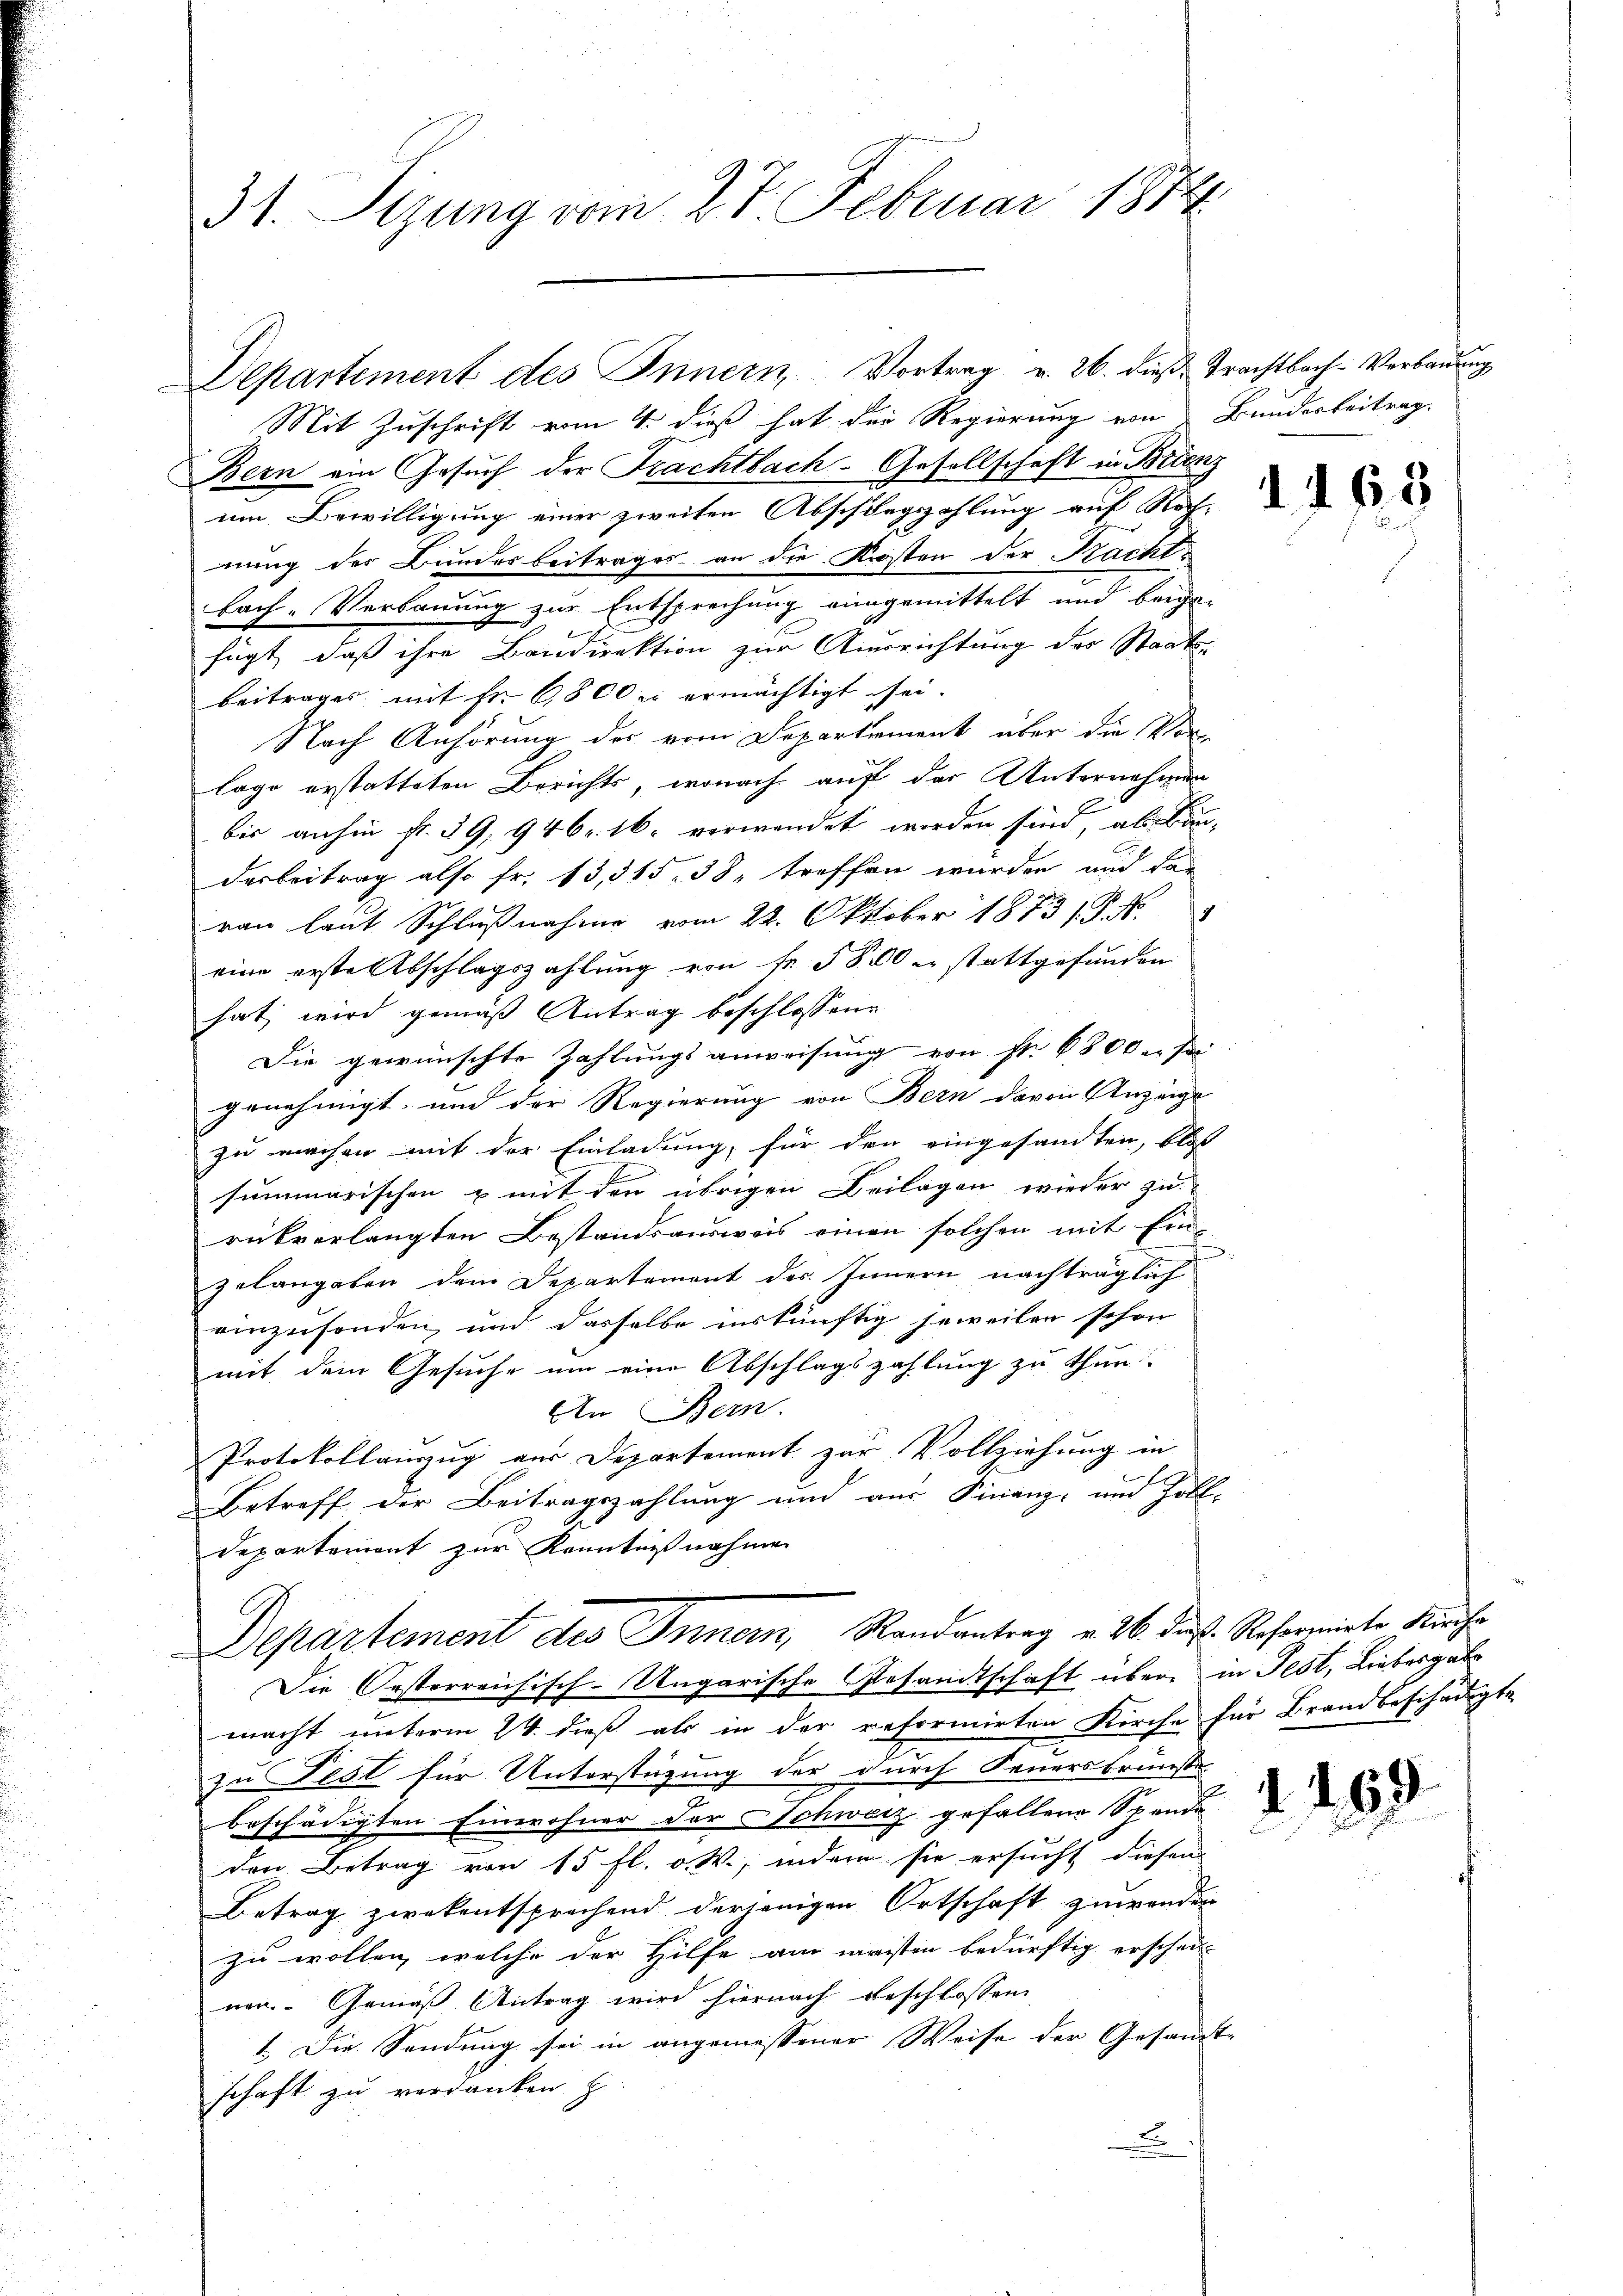
31. Sizung vom 27. Februar 1874.

Departement des Innern Vortrag u. 26. dieß. Trachtbach-Verbauung

Mit Zuschrift vom 4. dieß hat der Regierung von Bundesbeitrag
Bern ein Gesuch der Frachtbach-Gesellschaft in Brienz
um Bewilligung einer zweiten Abschungszahlung auf Rechnung des Bundesbeitrages an die Kosten der Kacht-
bach-Verbauung zur Entsprechung eingemittelt und beigefügt, daß ihre Bandirektion zur Ausrichtung des Staats-
beitrages mit Fr. 6800 er ermächtigt sei.
Nach Anhörung des vom Departement über die Vorlage erstatteten Berichts, wonach auf der Unternehmen
bis anhin fr. 39, 94 br. 16. verwendet worden sind, als Bau-
derbeitrag also fr. 13,315, 38, treffen wurden und das
ran laut Schlußnahme vom 22. Oktober 1873 s. S. N.
eine erste Abschlagszahlung von Fr. 5800 er stattgefunden
hat, wird gemäß Antrag beschlossene
Die gewünschte Zahlungsanweisung von Fr. 6800 u. sei
genehmigt, und der Regierung von Bern davon Anzeige
zu machen mit der Einladung, für den eingesandten, bloß
summarischen & mit den übrigen Beilagen wieder zu
rükverlangten Bestandsausweis einen solchen mit Einzelangaben dem Departement des Innern nachträglich
einzusonden, und dasselbe inskünftig jeweilen schon
mit dem Gesuche um eine Abschlagszahlung zu thun.
An Bern.
Protokollauszug aus Departement zur Vollziehung in
Betreff der Beitragszahlung und aus Finanz- und Zoll-
Departemont zur Kenntnißnahmen
C
Departement des Innern, Randantrag v. 26. Das Reformirte Kirche
Die Oesterreichisch-Ungarische Gesandtschaft über in Fest, Liebesgabe
macht unterm 24. dieß als in der reformirten Kirche für Brandbeschädigte
zu Fest für Unterstützung der durch Feuersbrünste
beschädigten Einwohner der Schweiz gefallene Spende
den Betrag von 15 fl. a. W., indem sie ersucht diesen
Betrag zwekentsprechend derjenigen Ortschaft zuwenden
zu wollen, welche der Hilfe am meisten bedürftig erschei
non. Gemäß Antrag wird hiernach beschlossen:
1. Die Sendung sei in angemessener Weise der Gesamt-
schaft zu verdanken z
x

1165

4. 169.